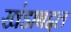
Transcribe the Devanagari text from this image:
खंडाबद्दल